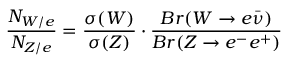
\frac { N _ { W / e } } { N _ { Z / e } } = \frac { \sigma ( W ) } { \sigma ( Z ) } \cdot \frac { B r ( W \to e \bar { \nu } ) } { B r ( Z \to e ^ { - } e ^ { + } ) }